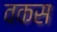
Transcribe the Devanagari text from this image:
वकस